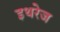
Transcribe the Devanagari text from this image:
इथरेज